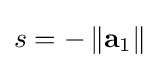
s=-\left\|\mathbf {a} _{1}\right\|